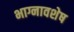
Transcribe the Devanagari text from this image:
भाग्नावशेष